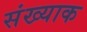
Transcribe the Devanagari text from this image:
संख्याक